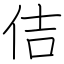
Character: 佶